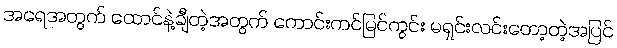
အရေအတွက် ထောင်နဲ့ချီတဲ့အတွက် ကောင်းကင်မြင်ကွင်း မရှင်းလင်းတော့တဲ့အပြင်